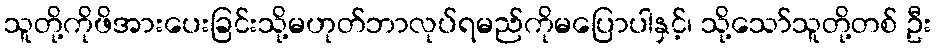
သူတို့ကိုဖိအားပေးခြင်းသို့မဟုတ်ဘာလုပ်ရမည်ကိုမပြောပါနှင့်၊ သို့သော်သူတို့တစ် ဦး